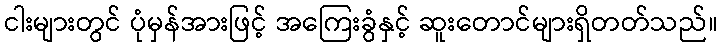
ငါးများတွင် ပုံမှန်အားဖြင့် အကြေးခွံနှင့် ဆူးတောင်များရှိတတ်သည်။